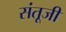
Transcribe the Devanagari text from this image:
संतूजी